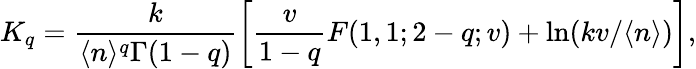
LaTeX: K_{q}=\frac{k}{\langle n\rangle^{q}\Gamma(1-q)}\left[\frac{v}{1-q}F(1,1;2-q;v)+\ln(kv/\langle n\rangle)\right],